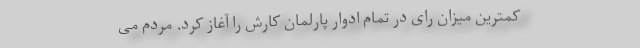
کمترین میزان رای در تمام ادوار پارلمان کارش را آغاز کرد. مردم می‌